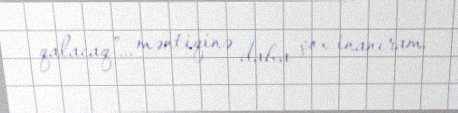
qalacaq”... məntiqinə daha çox inanıram.